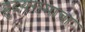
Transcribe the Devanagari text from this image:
ह्रुदयरामाचा